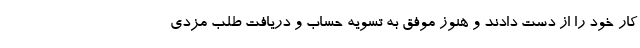
کار خود را از دست دادند و هنوز موفق به تسویه حساب و دریافت طلب مزدی